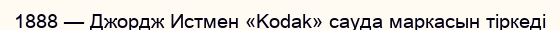
1888 — Джордж Истмен «Kodak» сауда маркасын тіркеді